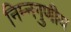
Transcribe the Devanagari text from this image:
निम्नगुणीय